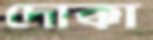
দোক্কা